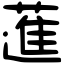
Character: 𦻗